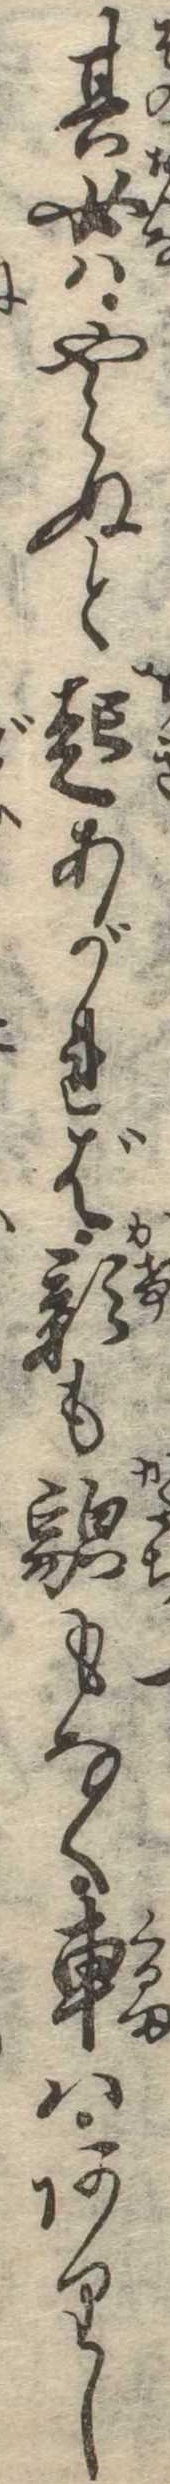
其女はやらぬと起あがれば影も貌もなく車はありし